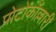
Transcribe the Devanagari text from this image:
प्रोटोकॉल्लारी